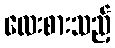
လေးစားသည့်